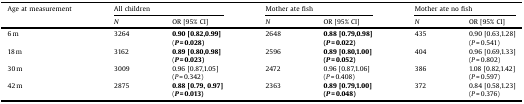
<table><thead><tr><td><b>Age at measurement</b></td><td colspan="2"><b>All children</b></td><td colspan="2"><b>Mother ate fish</b></td><td colspan="2"><b>Mother ate no fish</b></td></tr><tr><td></td><td><b><i>N</i></b></td><td><b>OR [95% CI]</b></td><td><b><i>N</i></b></td><td><b>OR [95% CI]</b></td><td><b><i>N</i></b></td><td><b>OR [95% CI]</b></td></tr></thead><tbody><tr><td>6 m</td><td>3264</td><td><b>0.90 [0.82,0.99]</b></td><td>2648</td><td><b>0.88 [0.79,0.98]</b></td><td>435</td><td>0.90 [0.63,1.28]</td></tr><tr><td></td><td></td><td>(<i><b>P</b></i> <b>=</b> <b>0.028)</b></td><td></td><td><b>(</b><i><b>P</b></i> <b>=</b> <b>0.022)</b></td><td></td><td>(<i>P</i> = 0.541)</td></tr><tr><td>18 m</td><td>3162</td><td><b>0.89 [0.80,0.98]</b></td><td>2596</td><td><b>0.89 [0.80,1.00]</b></td><td>404</td><td>0.96 [0.69,1.33]</td></tr><tr><td></td><td></td><td>(<i><b>P</b></i> <b>=</b> <b>0.023)</b></td><td></td><td><b>(</b><i><b>P</b></i> <b>=</b> <b>0.052)</b></td><td></td><td>(<i>P</i> = 0.802)</td></tr><tr><td>30 m</td><td>3009</td><td>0.96 [0.87,1.05]</td><td>2472</td><td>0.96 [0.87,1.06]</td><td>386</td><td>1.08 [0.82,1.42]</td></tr><tr><td></td><td></td><td>(<i>P</i> = 0.342)</td><td></td><td>(<i>P</i> = 0.408)</td><td></td><td>(<i>P</i> = 0.597)</td></tr><tr><td>42 m</td><td>2875</td><td><b>0.88 [0.79, 0.97]</b></td><td>2363</td><td><b>0.89 [0.79,1.00]</b></td><td>372</td><td>0.84 [0.58,1.23]</td></tr><tr><td></td><td></td><td>(<i><b>P</b></i> <b>=</b> <b>0.013)</b></td><td></td><td><b>(</b><i><b>P</b></i> <b>=</b> <b>0.048)</b></td><td></td><td>(<i>P</i> = 0.376)</td></tr></tbody></table>